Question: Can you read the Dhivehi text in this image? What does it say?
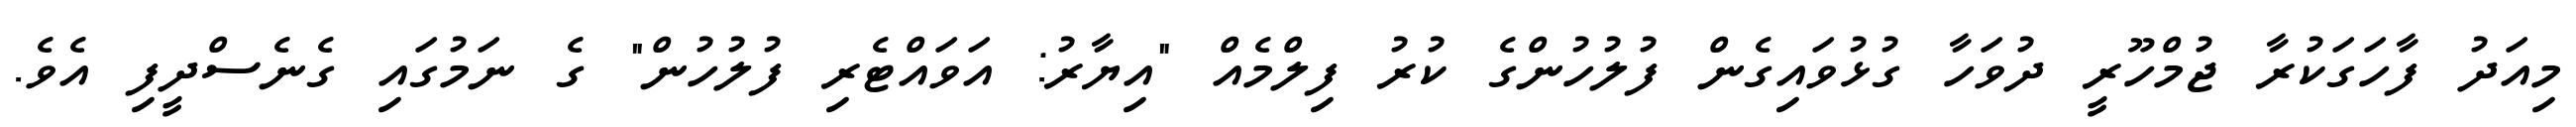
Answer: މިއަދު ފާހަގަކުރާ ޖުމްހޫރީ ދުވަހާ ގުޅުވައިގެން ފުލުހުންގެ ކުރު ފިލްމެއް "އިޔާރު: އަވައްޓެރި ފުލުހުން" ގެ ނަމުގައި ގެނެސްދީފި އެވެ.